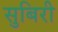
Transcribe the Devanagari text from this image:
सुबिरी